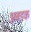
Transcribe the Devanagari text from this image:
अबडक